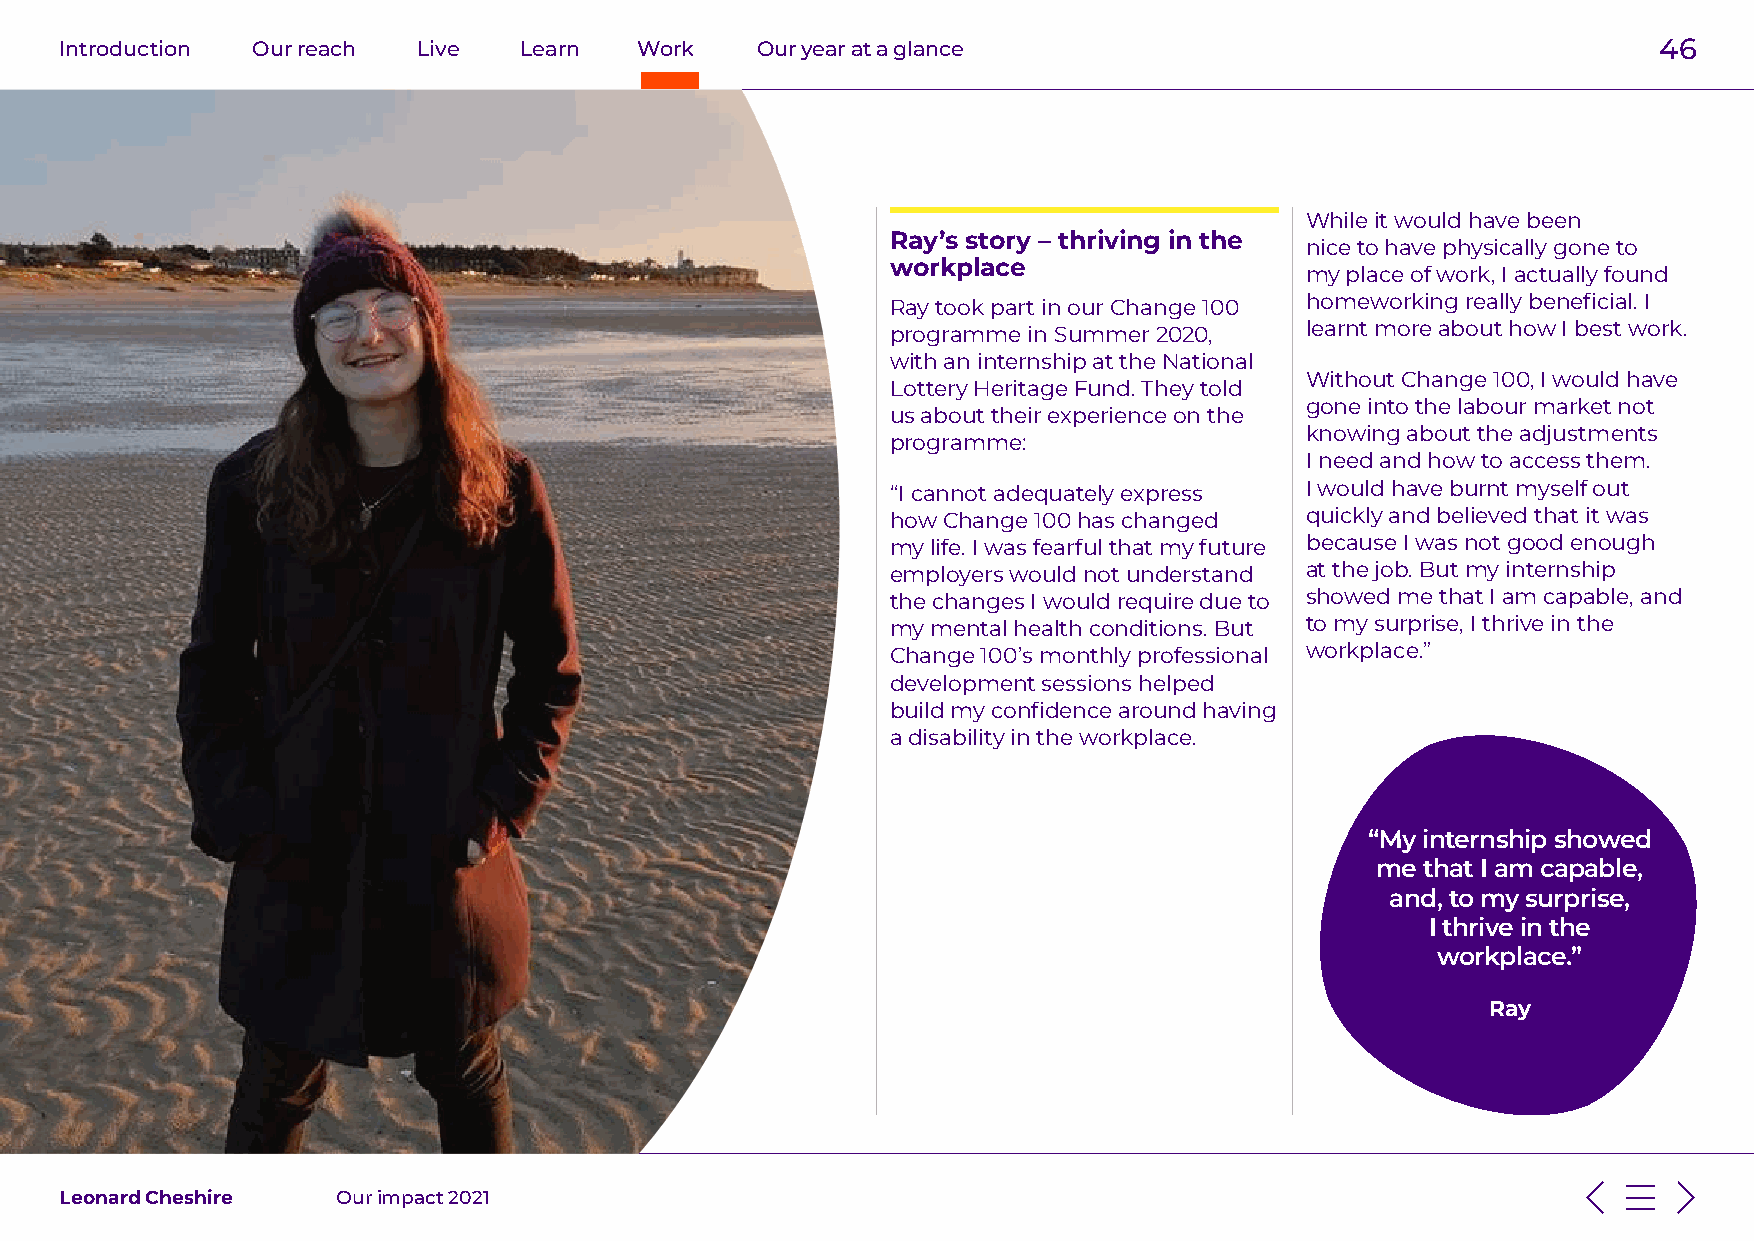
Introduction Our reach  Live  Learn   Work    Our year at a glance                                        46
 While it would have been
 Ray’s story – thriving in the
 nice to have physically gone to
 workplace
 my place of work, I actually found
 Ray took part in our Change 100 homeworking really beneficial. I
 programme in Summer 2020,  learnt more about how I best work.
 with an internship at the National
 Without Change 100, I would have
 Lottery Heritage Fund. They told
 gone into the labour market not
 us about their experience on the
 knowing about the adjustments
 programme:
 I need and how to access them.
 “I cannot adequately express I would have burnt myself out
 how Change 100 has changed quickly and believed that it was
 my life. I was fearful that my future because I was not good enough
 employers would not understand at the job. But my internship
 the changes I would require due to showed me that I am capable, and
 my mental health conditions. But to my surprise, I thrive in the
 Change 100’s monthly professional workplace.”
 development sessions helped
 build my confidence around having
 a disability in the workplace.
 “My internship showed
 me that I am capable,
 and, to my surprise,
 I thrive in the
 workplace.”
 Ray
 Leonard Cheshire  Our impact 2021